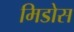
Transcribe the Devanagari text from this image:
मिडोस